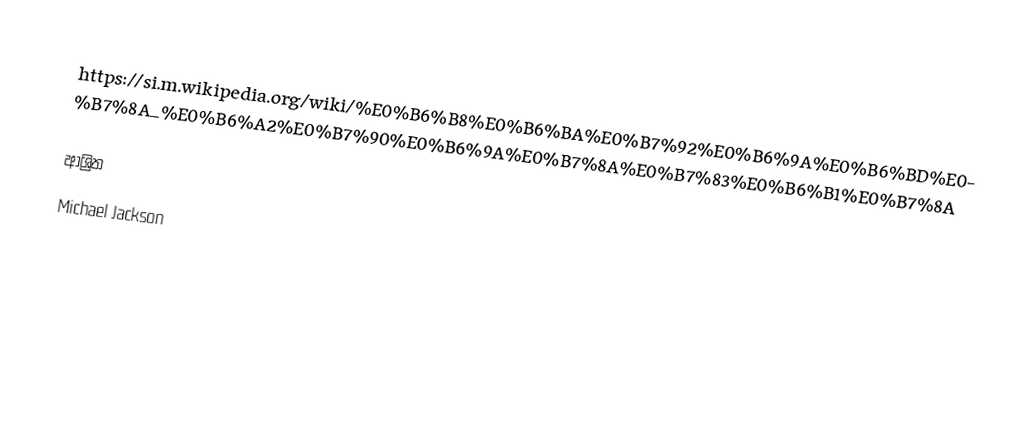
https://si.m.wikipedia.org/wiki/%E0%B6%B8%E0%B6%BA%E0%B7%92%E0%B6%9A%E0%B6%BD%E0%B7%8A_%E0%B6%A2%E0%B7%90%E0%B6%9A%E0%B7%8A%E0%B7%83%E0%B6%B1%E0%B7%8A

ආශ්‍රිත
Michael Jackson